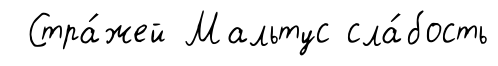
Стра́жей Мальтус сла́бость